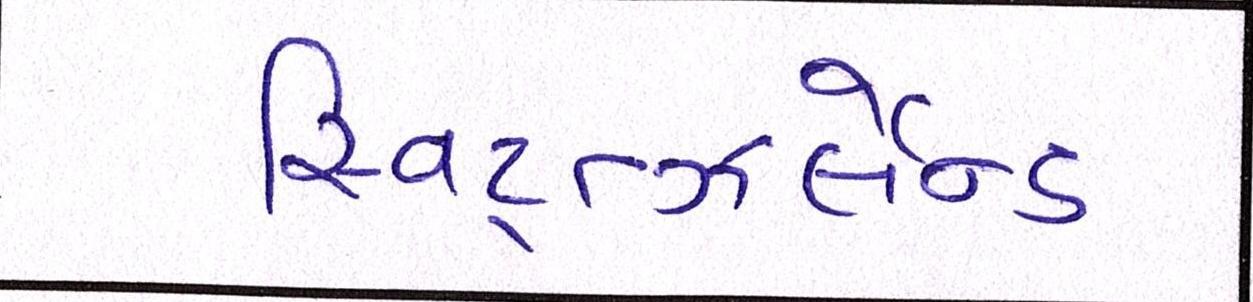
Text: સ્વિટ્ત્ઝર્લેન્ડ